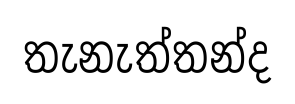
තැනැත්තන්ද